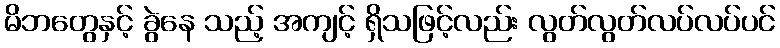
မိဘတွေနှင့် ခွဲနေ သည့် အကျင့် ရှိသဖြင့်လည်း လွတ်လွတ်လပ်လပ်ပင်